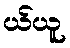
ယ်ယူ